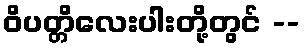
ဝိပတ္တိလေးပါးတို့တွင် --